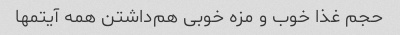
حجم غذا خوب و مزه خوبی هم‌داشتن همه آیتمها